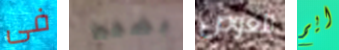
فى بضغط للغوص ايم